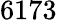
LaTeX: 6173